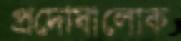
প্রদোষালোক